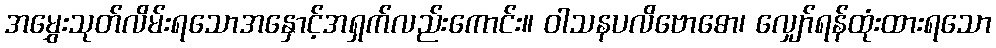
အမွှေးသုတ်လိမ်းရသောအနှောင့်အရှက်လည်းကောင်း။ ဝါသနပလိဗောဓော၊ လျှော်ရန်ထုံးထားရသော